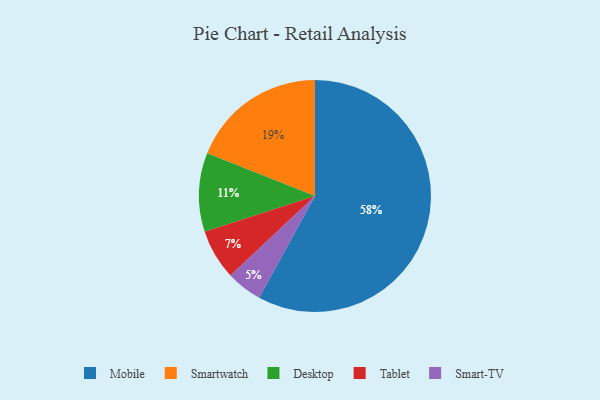
{"axis": {"x": "Category", "y": "Percentage"}, "legend": ["Desktop", "Mobile", "Smart-TV", "Smartwatch", "Tablet"], "data": [{"x": "Tablet", "y": 7, "type": "Tablet"}, {"x": "Smart-TV", "y": 5, "type": "Smart-TV"}, {"x": "Mobile", "y": 58, "type": "Mobile"}, {"x": "Smartwatch", "y": 19, "type": "Smartwatch"}, {"x": "Desktop", "y": 11, "type": "Desktop"}]}